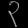
Digit: ၃